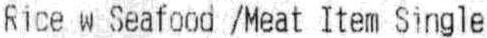
RICE W SEAFOOD /MEAT ITEM SINGLE